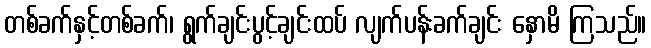
တစ်ခက်နှင့်တစ်ခက်၊ ရွက်ချင်းပွင့်ချင်းထပ် လျက်ပန်းခက်ချင်း နှောမိ ကြသည်။